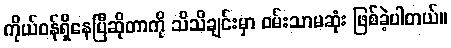
ကိုယ်ဝန်ရှိနေပြီဆိုတာကို သိသိချင်းမှာ ဝမ်းသာမဆုံး ဖြစ်ခဲ့ပါတယ်။